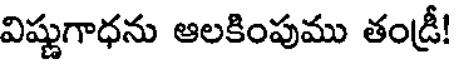
విష్ణుగాధను ఆలకింపుము తండ్రీ!